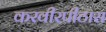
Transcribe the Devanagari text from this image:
करवीरपीठास